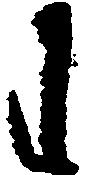
わ